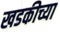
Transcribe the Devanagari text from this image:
खडकीच्या